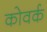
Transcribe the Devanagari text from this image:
कोवर्क